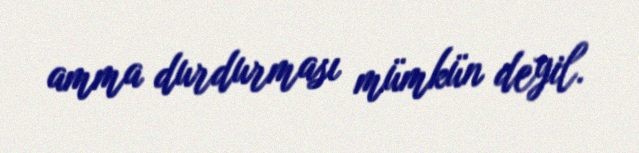
amma durdurması mümkün deyil.